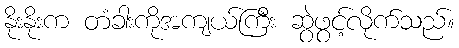
နိုးနိုးက တံခါးကိုအကျယ်ကြီး ဆွဲဖွင့်လိုက်သည်။